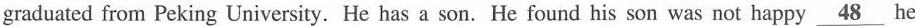
graduated from Peking University. He has a son. He found his son was not happy \underline{48} he